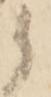
候